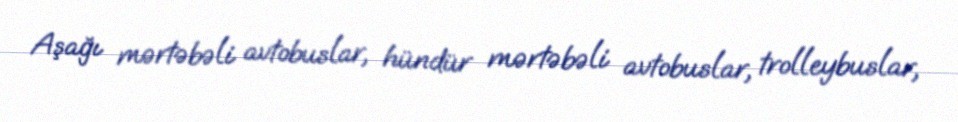
Aşağı mərtəbəli avtobuslar, hündür mərtəbəli avtobuslar, trolleybuslar,